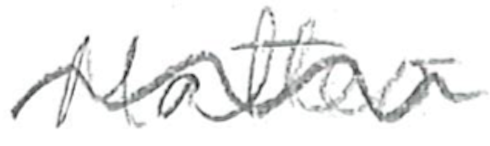
Text: Matteo
Cross-out: wave
Writing tool: pencil